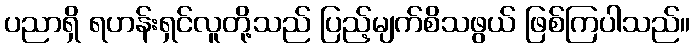
ပညာရှိ ရဟန်းရှင်လူတို့သည် ပြည့်မျက်စိသဖွယ် ဖြစ်ကြပါသည်။